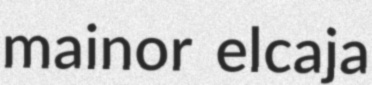
mainor elcaja